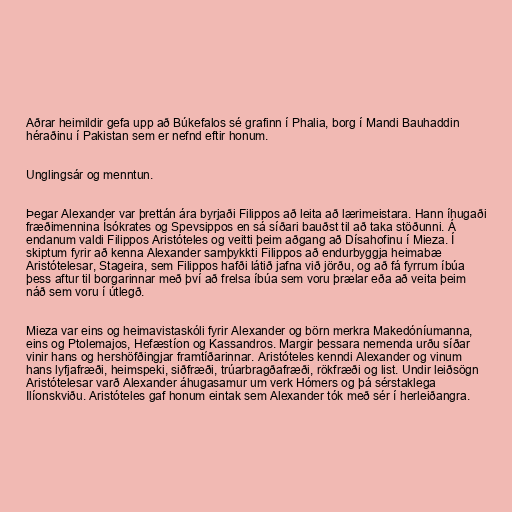
Aðrar heimildir gefa upp að Búkefalos sé grafinn í Phalia, borg í Mandi Bauhaddin
héraðinu í Pakistan sem er nefnd eftir honum.

Unglingsár og menntun.

Þegar Alexander var þrettán ára byrjaði Filippos að leita að lærimeistara. Hann íhugaði
fræðimennina Ísókrates og Spevsippos en sá síðari bauðst til að taka stöðunni. Á
endanum valdi Filippos Aristóteles og veitti þeim aðgang að Dísahofinu í Mieza. Í
skiptum fyrir að kenna Alexander samþykkti Filippos að endurbyggja heimabæ
Aristótelesar, Stageira, sem Filippos hafði látið jafna við jörðu, og að fá fyrrum íbúa
þess aftur til borgarinnar með því að frelsa íbúa sem voru þrælar eða að veita þeim
náð sem voru í útlegð.

Mieza var eins og heimavistaskóli fyrir Alexander og börn merkra Makedóníumanna,
eins og Ptolemajos, Hefæstíon og Kassandros. Margir þessara nemenda urðu síðar
vinir hans og hershöfðingjar framtíðarinnar. Aristóteles kenndi Alexander og vinum
hans lyfjafræði, heimspeki, siðfræði, trúarbragðafræði, rökfræði og list. Undir leiðsögn
Aristótelesar varð Alexander áhugasamur um verk Hómers og þá sérstaklega
Ilíonskviðu. Aristóteles gaf honum eintak sem Alexander tók með sér í herleiðangra.